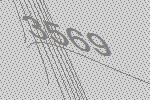
3569